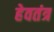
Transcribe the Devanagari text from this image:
हेवतंत्र